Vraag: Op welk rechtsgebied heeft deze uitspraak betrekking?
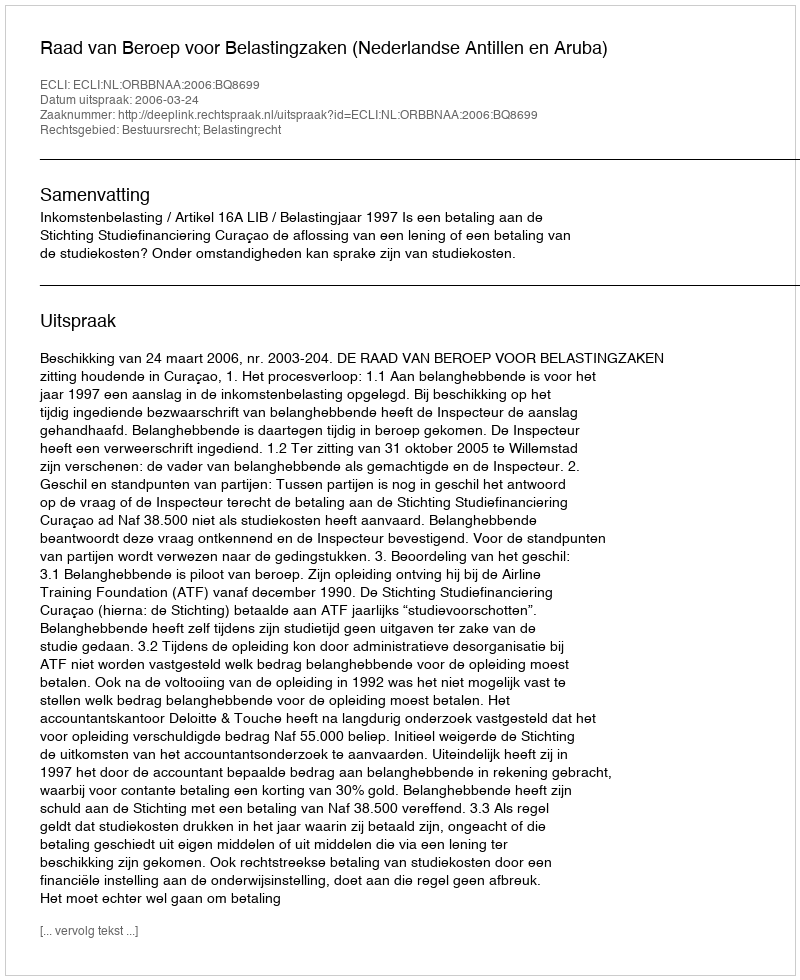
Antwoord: Bestuursrecht; Belastingrecht